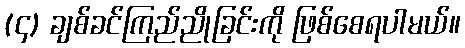
(၄) ချစ်ခင်ကြည်ညိုခြင်းကို ဖြစ်စေရပါမယ်။